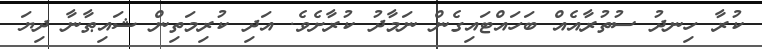
ކުރާ ހިނދު ސުތުރާއެއް ބަހައްޓައިގެން ނަމާދު ކުރާށެވެ. އަދި ކުރިމަތިން ޝައިޠާނާ ދިޔަ